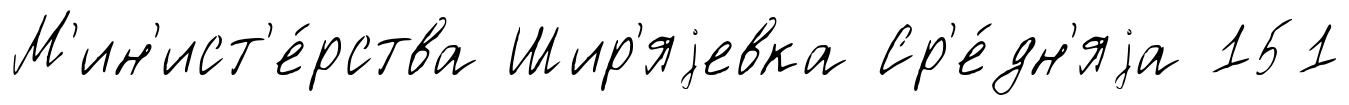
М'ин'ист'е́рства Шир'яjевка Ср'е́дн'яjа 151